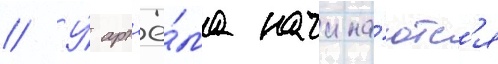
// У́ арт'ё́ма начина́ютс'я